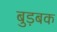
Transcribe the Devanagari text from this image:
बुड़बक